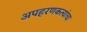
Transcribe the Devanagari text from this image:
अपहरणकत्यांचा